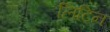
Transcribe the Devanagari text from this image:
लिटिन